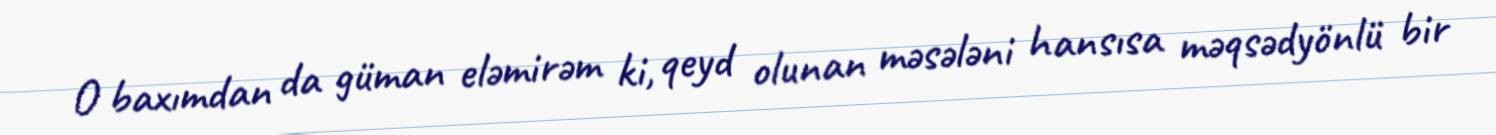
O baxımdan da güman eləmirəm ki, qeyd olunan məsələni hansısa məqsədyönlü bir